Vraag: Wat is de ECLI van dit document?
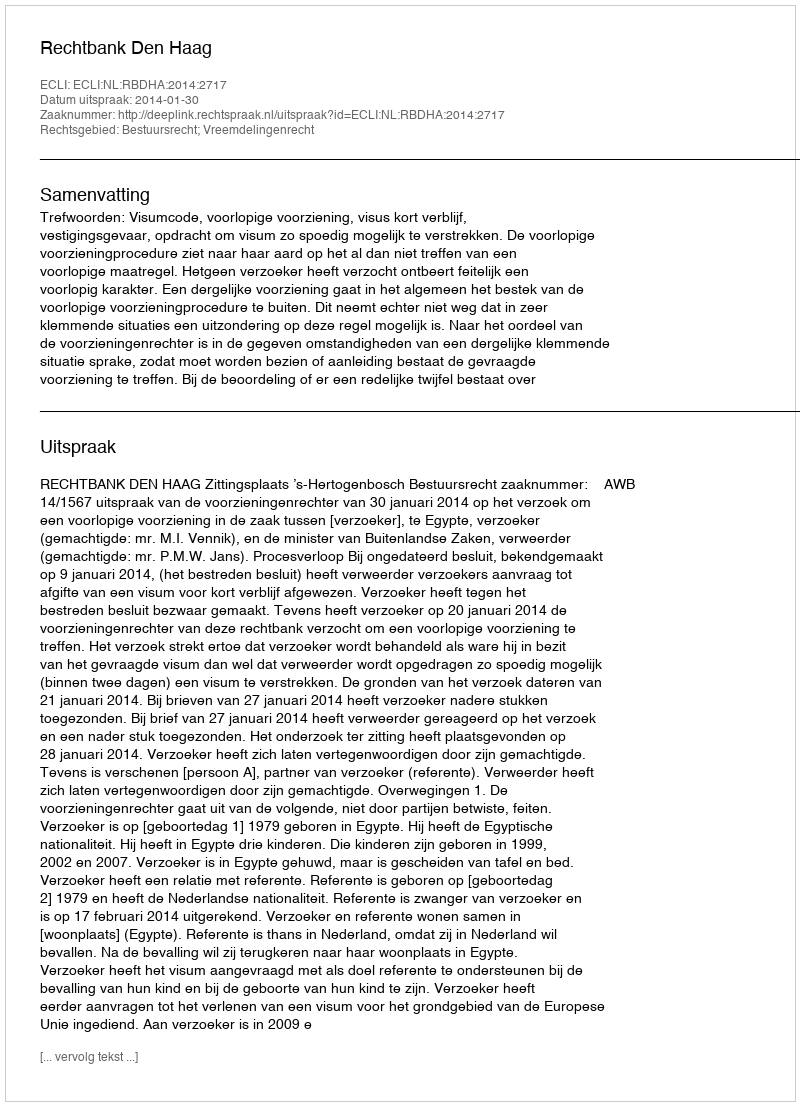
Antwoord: ECLI:NL:RBDHA:2014:2717